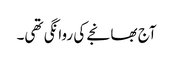
آج بھانجے کی روانگی تھی۔